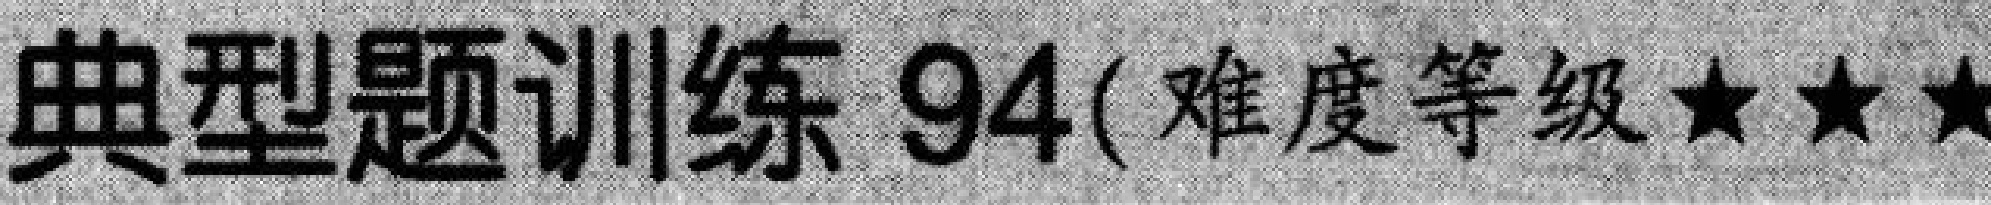
典型题训练 94(难度等级★★★)